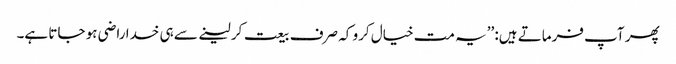
پھر آپ فرماتے ہیں: ’’یہ مت خیال کرو کہ صرف بیعت کر لینے سے ہی خدا راضی ہو جاتا ہے۔